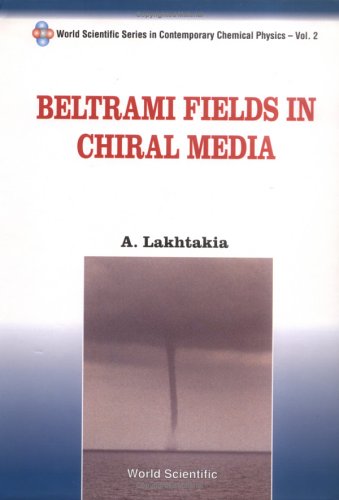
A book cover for Beltrami Fields in Chiral Media (World Scientific Series in Contemporary Chemical Physics); A. Lakhtakia; Science & Math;